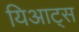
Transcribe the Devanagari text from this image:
यिआट्स